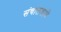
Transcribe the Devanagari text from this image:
संचालकांचे